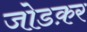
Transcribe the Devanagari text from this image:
जोडक़र